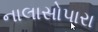
નાલાસોપારા